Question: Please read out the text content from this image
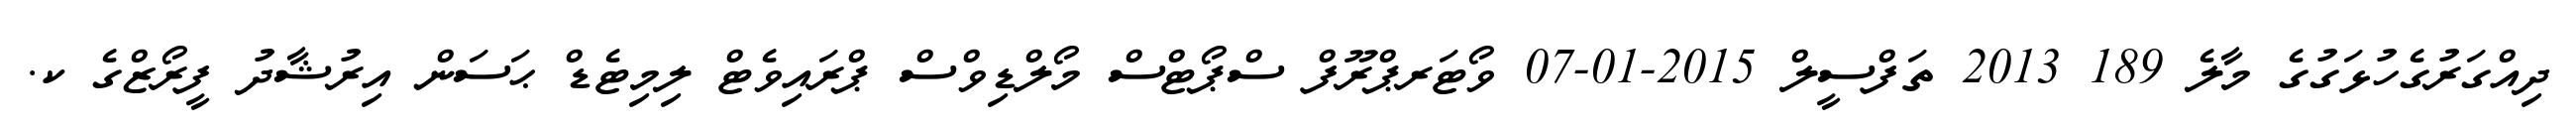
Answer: ދިއްގަރުގެހުޅަގުގެ މާލެ 189 2013 ތަފްސީލް 2015-01-07 ވޯޓަރޕްރޫފް ސްޕޯޓްސް މޯލްޑިވްސް ޕްރައިވެޓް ލިމިޓެޑް ޙަސަން އިރުޝާދު ފީރޯޒްގެ ކ.